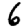
Digit: 6